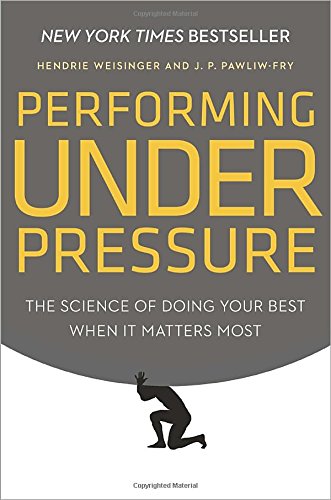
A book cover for Performing Under Pressure: The Science of Doing Your Best When It Matters Most; Hendrie Weisinger; Self-Help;